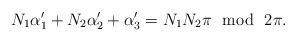
\begin{align*}N_1\alpha_1^{\prime}+N_2\alpha_2^{\prime}+\alpha_3^{\prime}=N_1N_2\pi ~~{\rm mod}~~2\pi. \end{align*}